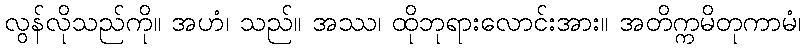
လွန်လိုသည်ကို။ အဟံ၊ သည်။ အဿ၊ ထိုဘုရားလောင်းအား။ အတိက္ကမိတုကာမံ၊